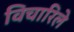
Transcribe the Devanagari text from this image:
विचारिले